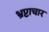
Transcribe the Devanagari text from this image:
भ्रप्टाचार